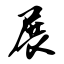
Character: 展